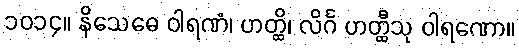
၁၀၁၄။ နိသေဓေ ဝါရဏံ၊ ဟတ္ထိ၊ လိင်္ဂ ဟတ္ထီသု ဝါရဏော။